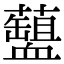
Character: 𧗘